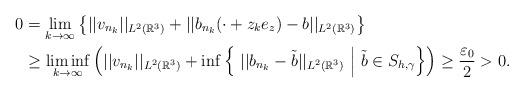
LaTeX: \begin{align*}0&=\lim_{k\to\infty}\left\{ ||v_{n_k}||_{L^{2}(\mathbb{R}^{3})}+||b_{n_k}(\cdot+z_{k}e_z)-b||_{L^{2}(\mathbb{R}^{3})} \right\} \\&\geq\liminf_{k\to\infty}\left( ||v_{n_k}||_{L^{2}(\mathbb{R}^{3})}+\inf\left\{\ ||b_{n_k}-\tilde{b}||_{L^{2}(\mathbb{R}^{3})} \ \middle|\ \tilde{b}\in S_{h,\gamma} \right\}\right)\geq \frac{\varepsilon_0}{2}>0.\end{align*}